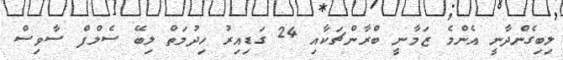
ލިބިގެންދާނީ އެންމެ ޒަމާނީ ބްރާންޗަކާއި 24 ގަޑިއިރު ހިދުމަތް ލިބޭ ސެލްފް ސާވިސް